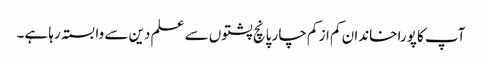
آپ کا پورا خاندان کم از کم چار پانچ پشتوں سے علم دین سے وابستہ رہا ہے۔